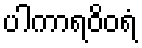
ပါကာရဝိဝရံ